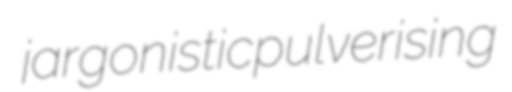
jargonistic pulverising